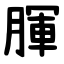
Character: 腪